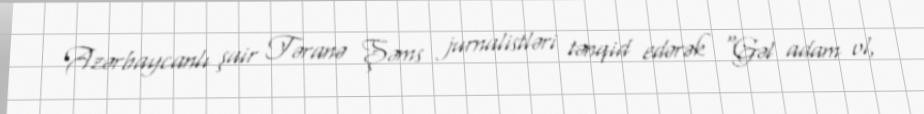
Azərbaycanlı şair Təranə Şəms jurnalistləri tənqid edərək "Gəl adam ol,